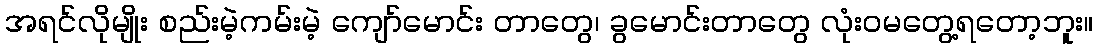
အရင်လိုမျိုး စည်းမဲ့ကမ်းမဲ့ ကျော်မောင်း တာတွေ၊ ခွမောင်းတာတွေ လုံးဝမတွေ့ရတော့ဘူး။